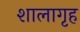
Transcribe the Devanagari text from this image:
शालागृह